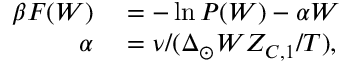
\begin{array} { r l } { \beta F ( W ) } & { { } = - \ln P ( W ) - \alpha W } \\ { \alpha } & { { } = \nu / ( \Delta _ { \odot } W Z _ { C , 1 } / T ) , } \end{array}